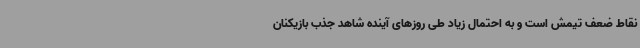
نقاط ضعف تیمش است و به احتمال زیاد طی روزهای آینده شاهد جذب بازیکنان